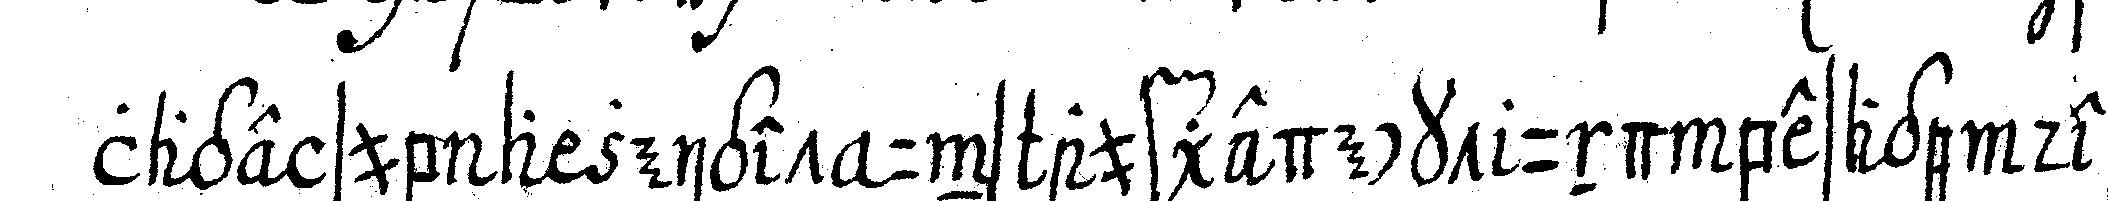
lage sub a zeiget uns aufgedeckt und besage des